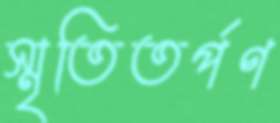
স্মৃতিতর্পণ